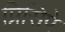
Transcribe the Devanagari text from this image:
प्रिसिपे